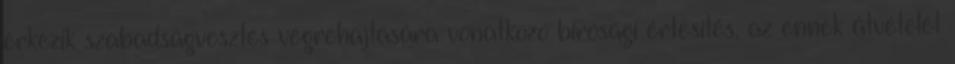
érkezik szabadságvesztés végrehajtására vonatkozó bírósági értesítés, az ennek átvételét